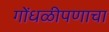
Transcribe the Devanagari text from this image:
गोंधळीपणाचा